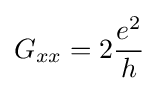
G_{xx}=2{\frac {e^{2}}{h}}